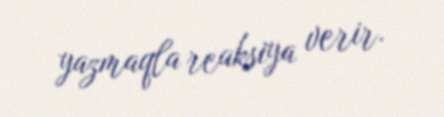
yazmaqla reaksiya verir.